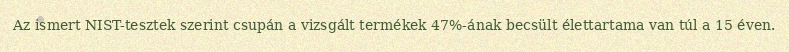
Az ismert NIST-tesztek szerint csupán a vizsgált termékek 47%-ának becsült élettartama van túl a 15 éven.